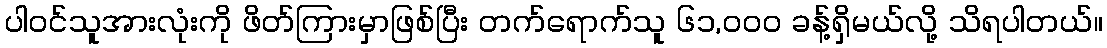
ပါဝင်သူအားလုံးကို ဖိတ်ကြားမှာဖြစ်ပြီး တက်ရောက်သူ ၆၁,၀၀၀ ခန့်ရှိမယ်လို့ သိရပါတယ်။